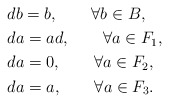
\begin{align*}&db=b, \qquad\forall b\in B,\\&da=ad, \qquad\forall a\in F_1,\\&da=0, \qquad\forall a\in F_2,\\&da=a, \qquad\forall a\in F_3.\end{align*}